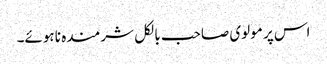
اس پر مولوی صاحب بالکل شرمندہ نا ہوئے۔